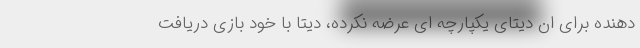
دهنده برای ان دیتای یکپارچه ای عرضه نکرده، دیتا با خود بازی دریافت